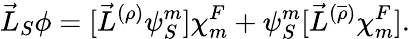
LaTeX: \vec{L}_{S}\phi=[{\vec{L}}^{(\rho)}{\psi}_{S}^{m}]{\chi}_{m}^{F}+{\psi}_{S}^{m}[{\vec{L}}^{(\overline{{{\rho}}})}{\chi}_{m}^{F}].